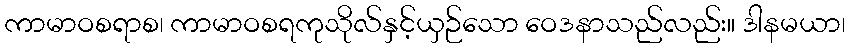
ကာမာဝစရာစ၊ ကာမာဝစရကုသိုလ်နှင့်ယှဉ်သော ဝေဒနာသည်လည်း။ ဒါနမယာ၊